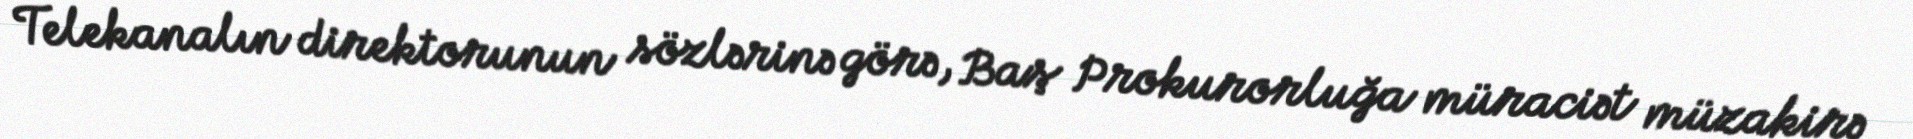
Telekanalın direktorunun sözlərinə görə, Baş Prokurorluğa müraciət müzakirə